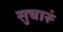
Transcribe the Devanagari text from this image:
सुचारूं